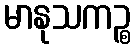
မာနုသကဉ္စ